Source: Computer-generated
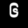
Digit: ၆ (6)